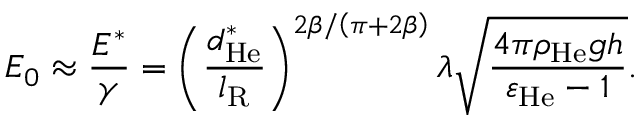
E _ { 0 } \approx \frac { E ^ { \ast } } { \gamma } = \left( \frac { d _ { \mathrm { H e } } ^ { \ast } } { l _ { \mathrm { R } } } \right) ^ { 2 \beta / \left( \pi + 2 \beta \right) } \lambda \sqrt { \frac { 4 \pi \rho _ { \mathrm { H e } } g h } { \varepsilon _ { \mathrm { H e } } - 1 } } .